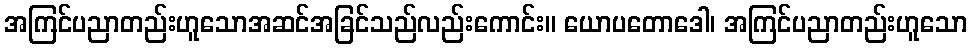
အကြင်ပညာတည်းဟူသောအဆင်အခြင်သည်လည်းကောင်း။ ယောပတောဒေါ၊ အကြင်ပညာတည်းဟူသော